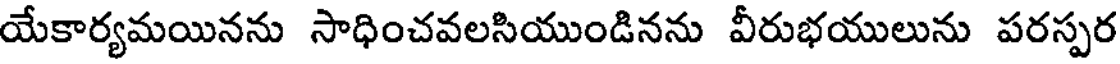
యేకార్యమయినను సాధించవలసియుండినను వీరుభయులును పరస్పర